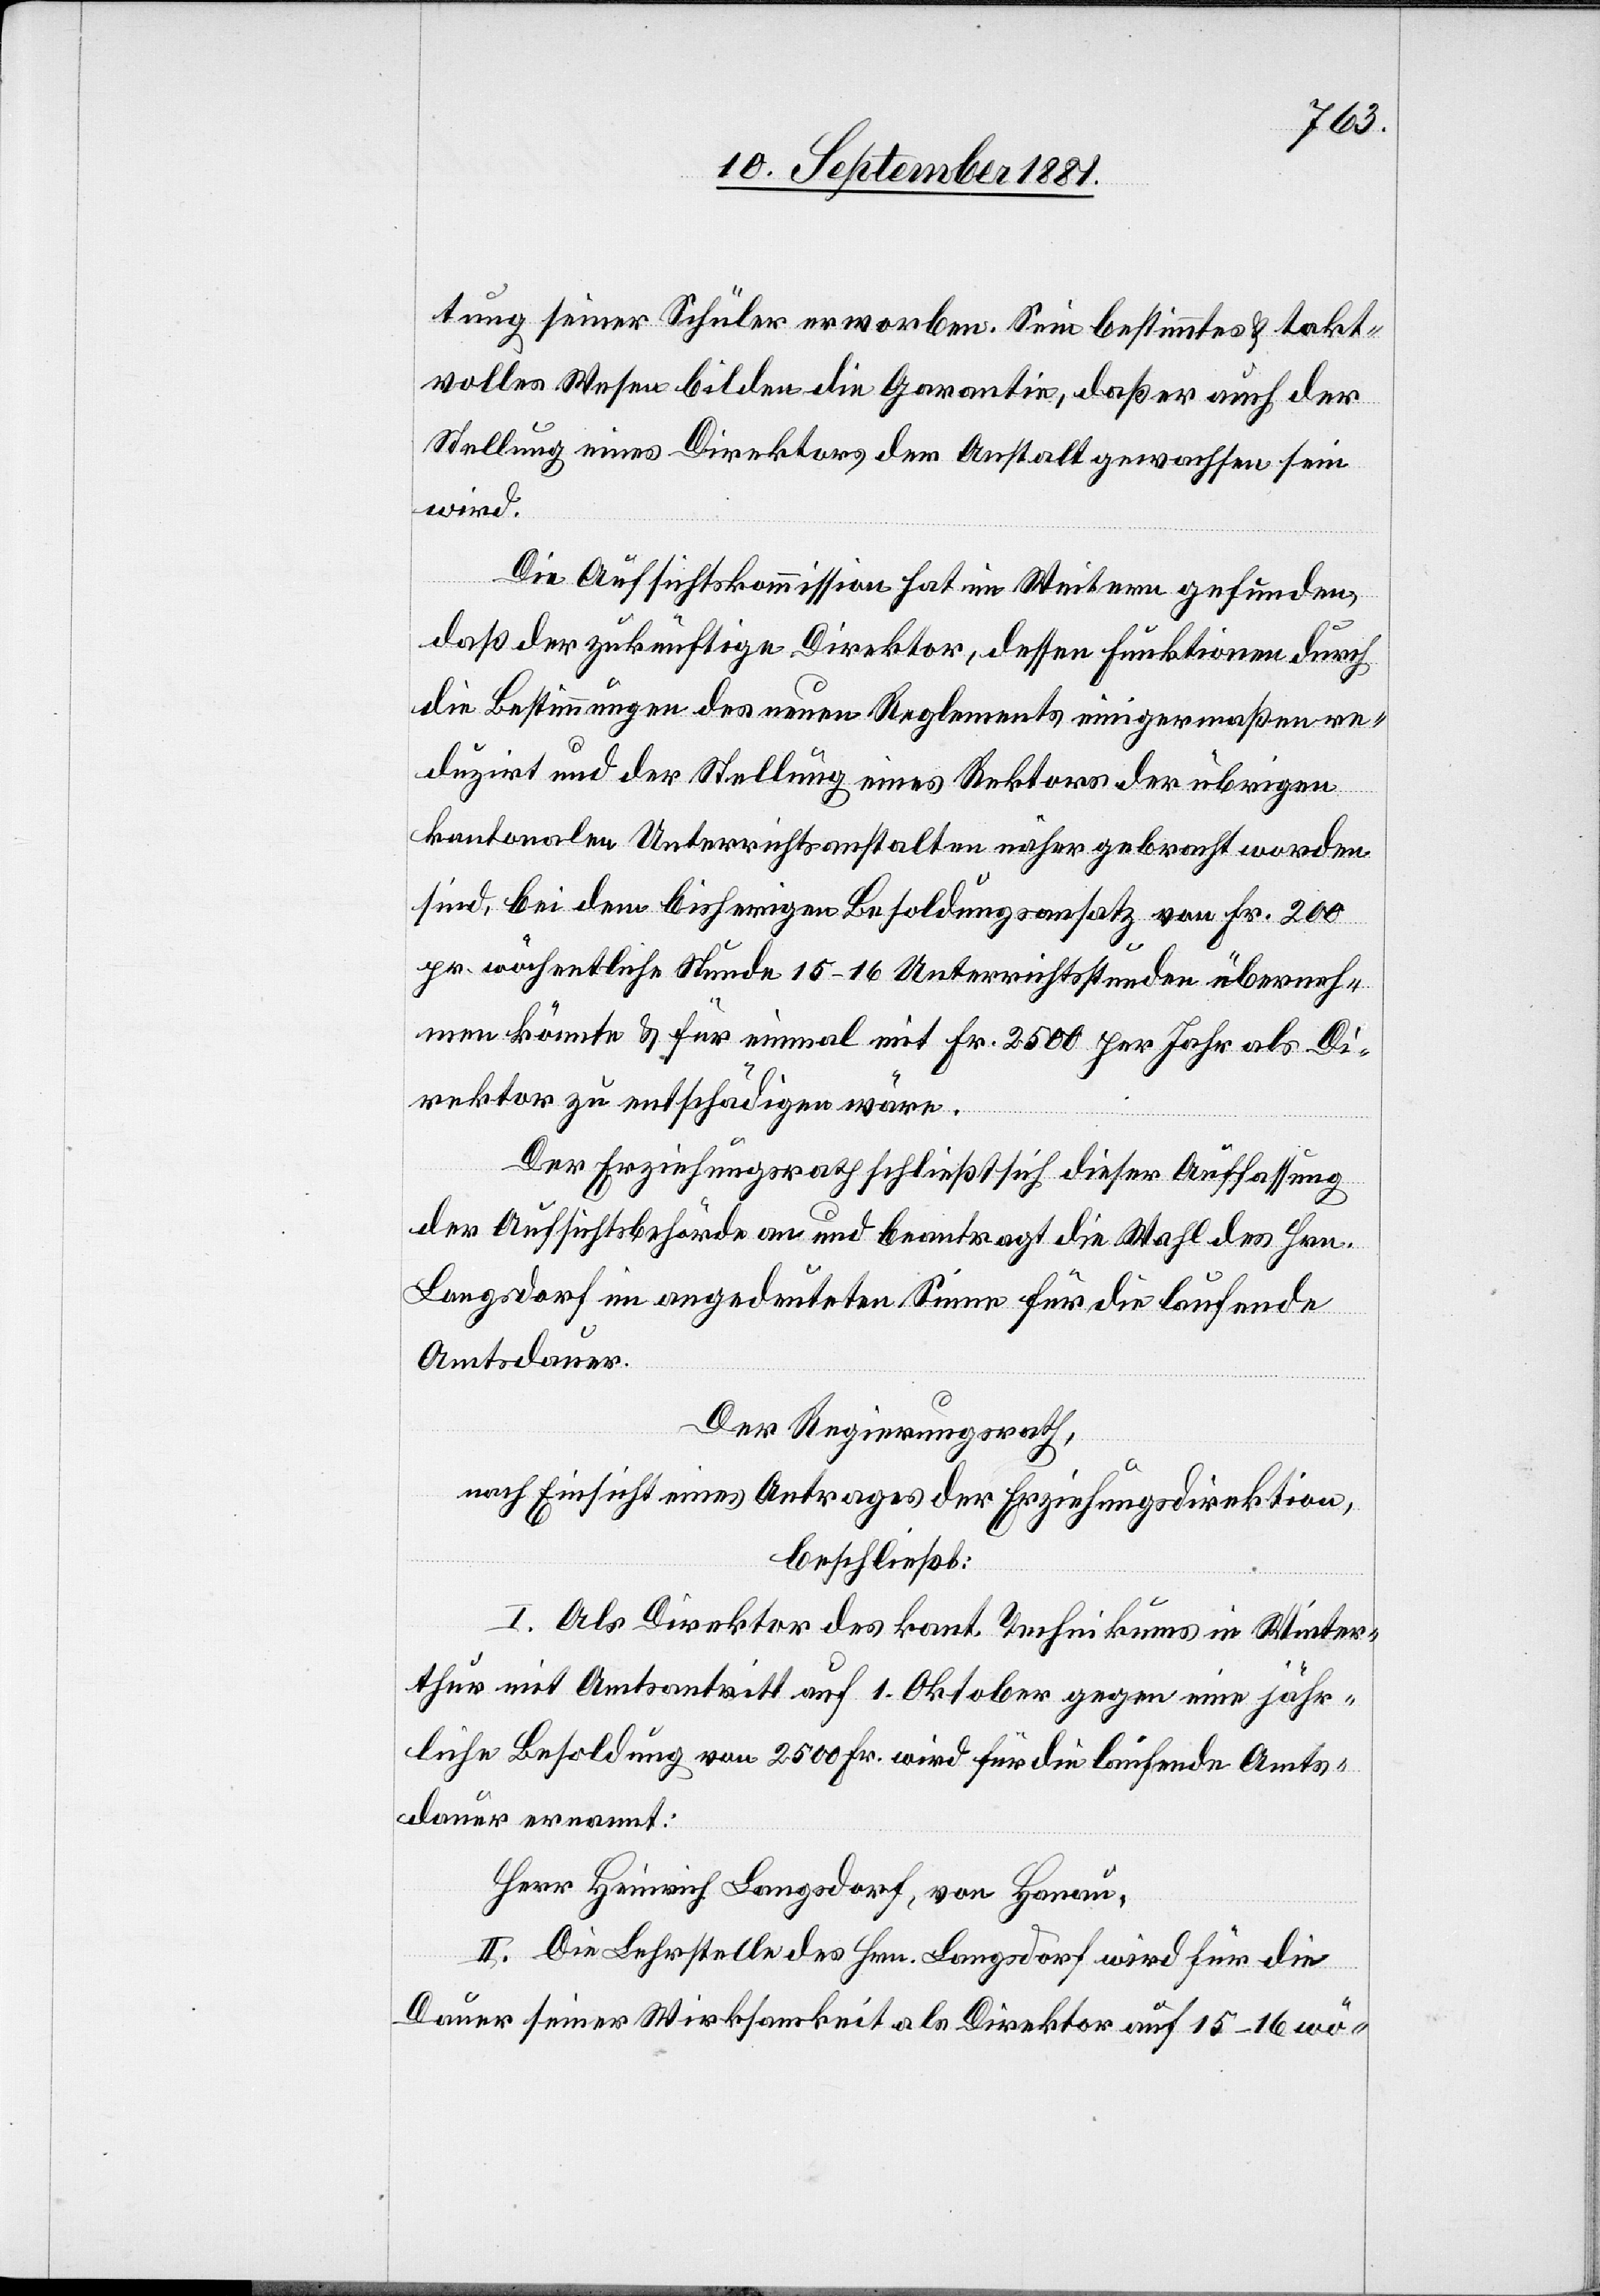
tung seiner Schüler erworben. Sein bestimmtes & takt¬
volles Wesen bilden die Garantie, daß er auch der
Stellung eines Direktors der Anstalt gewachsen sein
wird.
Die Aufsichtskommission hat im Weitern gefunden,
daß der zukünftige Direktor, dessen Funktionen durch
die Bestimmungen des neuen Reglements einigermaßen re¬
duzirt und der Stellung eines Rektors der übrigen
kantonalen Unterrichtsanstalten näher gebracht worden
sind, bei dem bisherigen Besoldungszusatz von Fr. 200
pr. wöchentliche Stunde 15–16 Unterrichtsstunden überneh¬
men könnte & für einmal mit Fr. 2500 per Jahr als Di¬
rektor zu entschädigen wäre.
Der Erziehungsrath schließt sich dieser Auffassung
der Aufsichtsbehörde an und beantragt die Wahl des Hrn.
Langsdorf im angedeuteten Sinne für die laufende
Amtsdauer.
Der Regierungsrath,
nach Einsicht eines Antrages der Erziehungsdirektion,
beschließt:
I. Als Direktor des kant. Technikums in Winter¬
thur mit Amtsantritt auf 1. Oktober gegen eine jähr¬
liche Besoldung von 2500 Fr. wird für die laufende Amts¬
dauer ernannt:
Herr Heinrich Langsdorf, von Honau.
II. Die Lehrstelle des Hrn. Langsdorf wird für die
Dauer seiner Wirksamkeit als Direktor auf 15–16 wö-